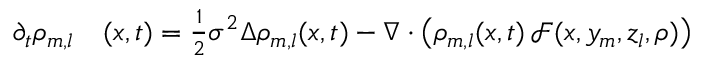
\begin{array} { r l } { \partial _ { t } \rho _ { m , l } } & { { } ( x , t ) = \frac { 1 } { 2 } \sigma ^ { 2 } \Delta \rho _ { m , l } ( x , t ) - \nabla \cdot \left( \rho _ { m , l } ( x , t ) \, \mathcal F ( x , y _ { m } , z _ { l } , \rho ) \right) } \end{array}